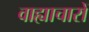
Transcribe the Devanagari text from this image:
वाह्याचारों